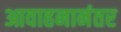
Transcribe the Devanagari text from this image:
आवाहनानंतर